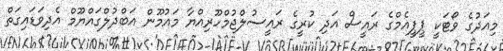
މިއަދުގެ ވޯޓަކީ ޕީޕީއެމްގެ ރައީސް އަދި ކުރީގެ ރައީސުލްޖުމްހޫރިއްޔާ މައުމޫން އަބްދުލްގައްޔޫމް އެދިވަޑައިގަތް